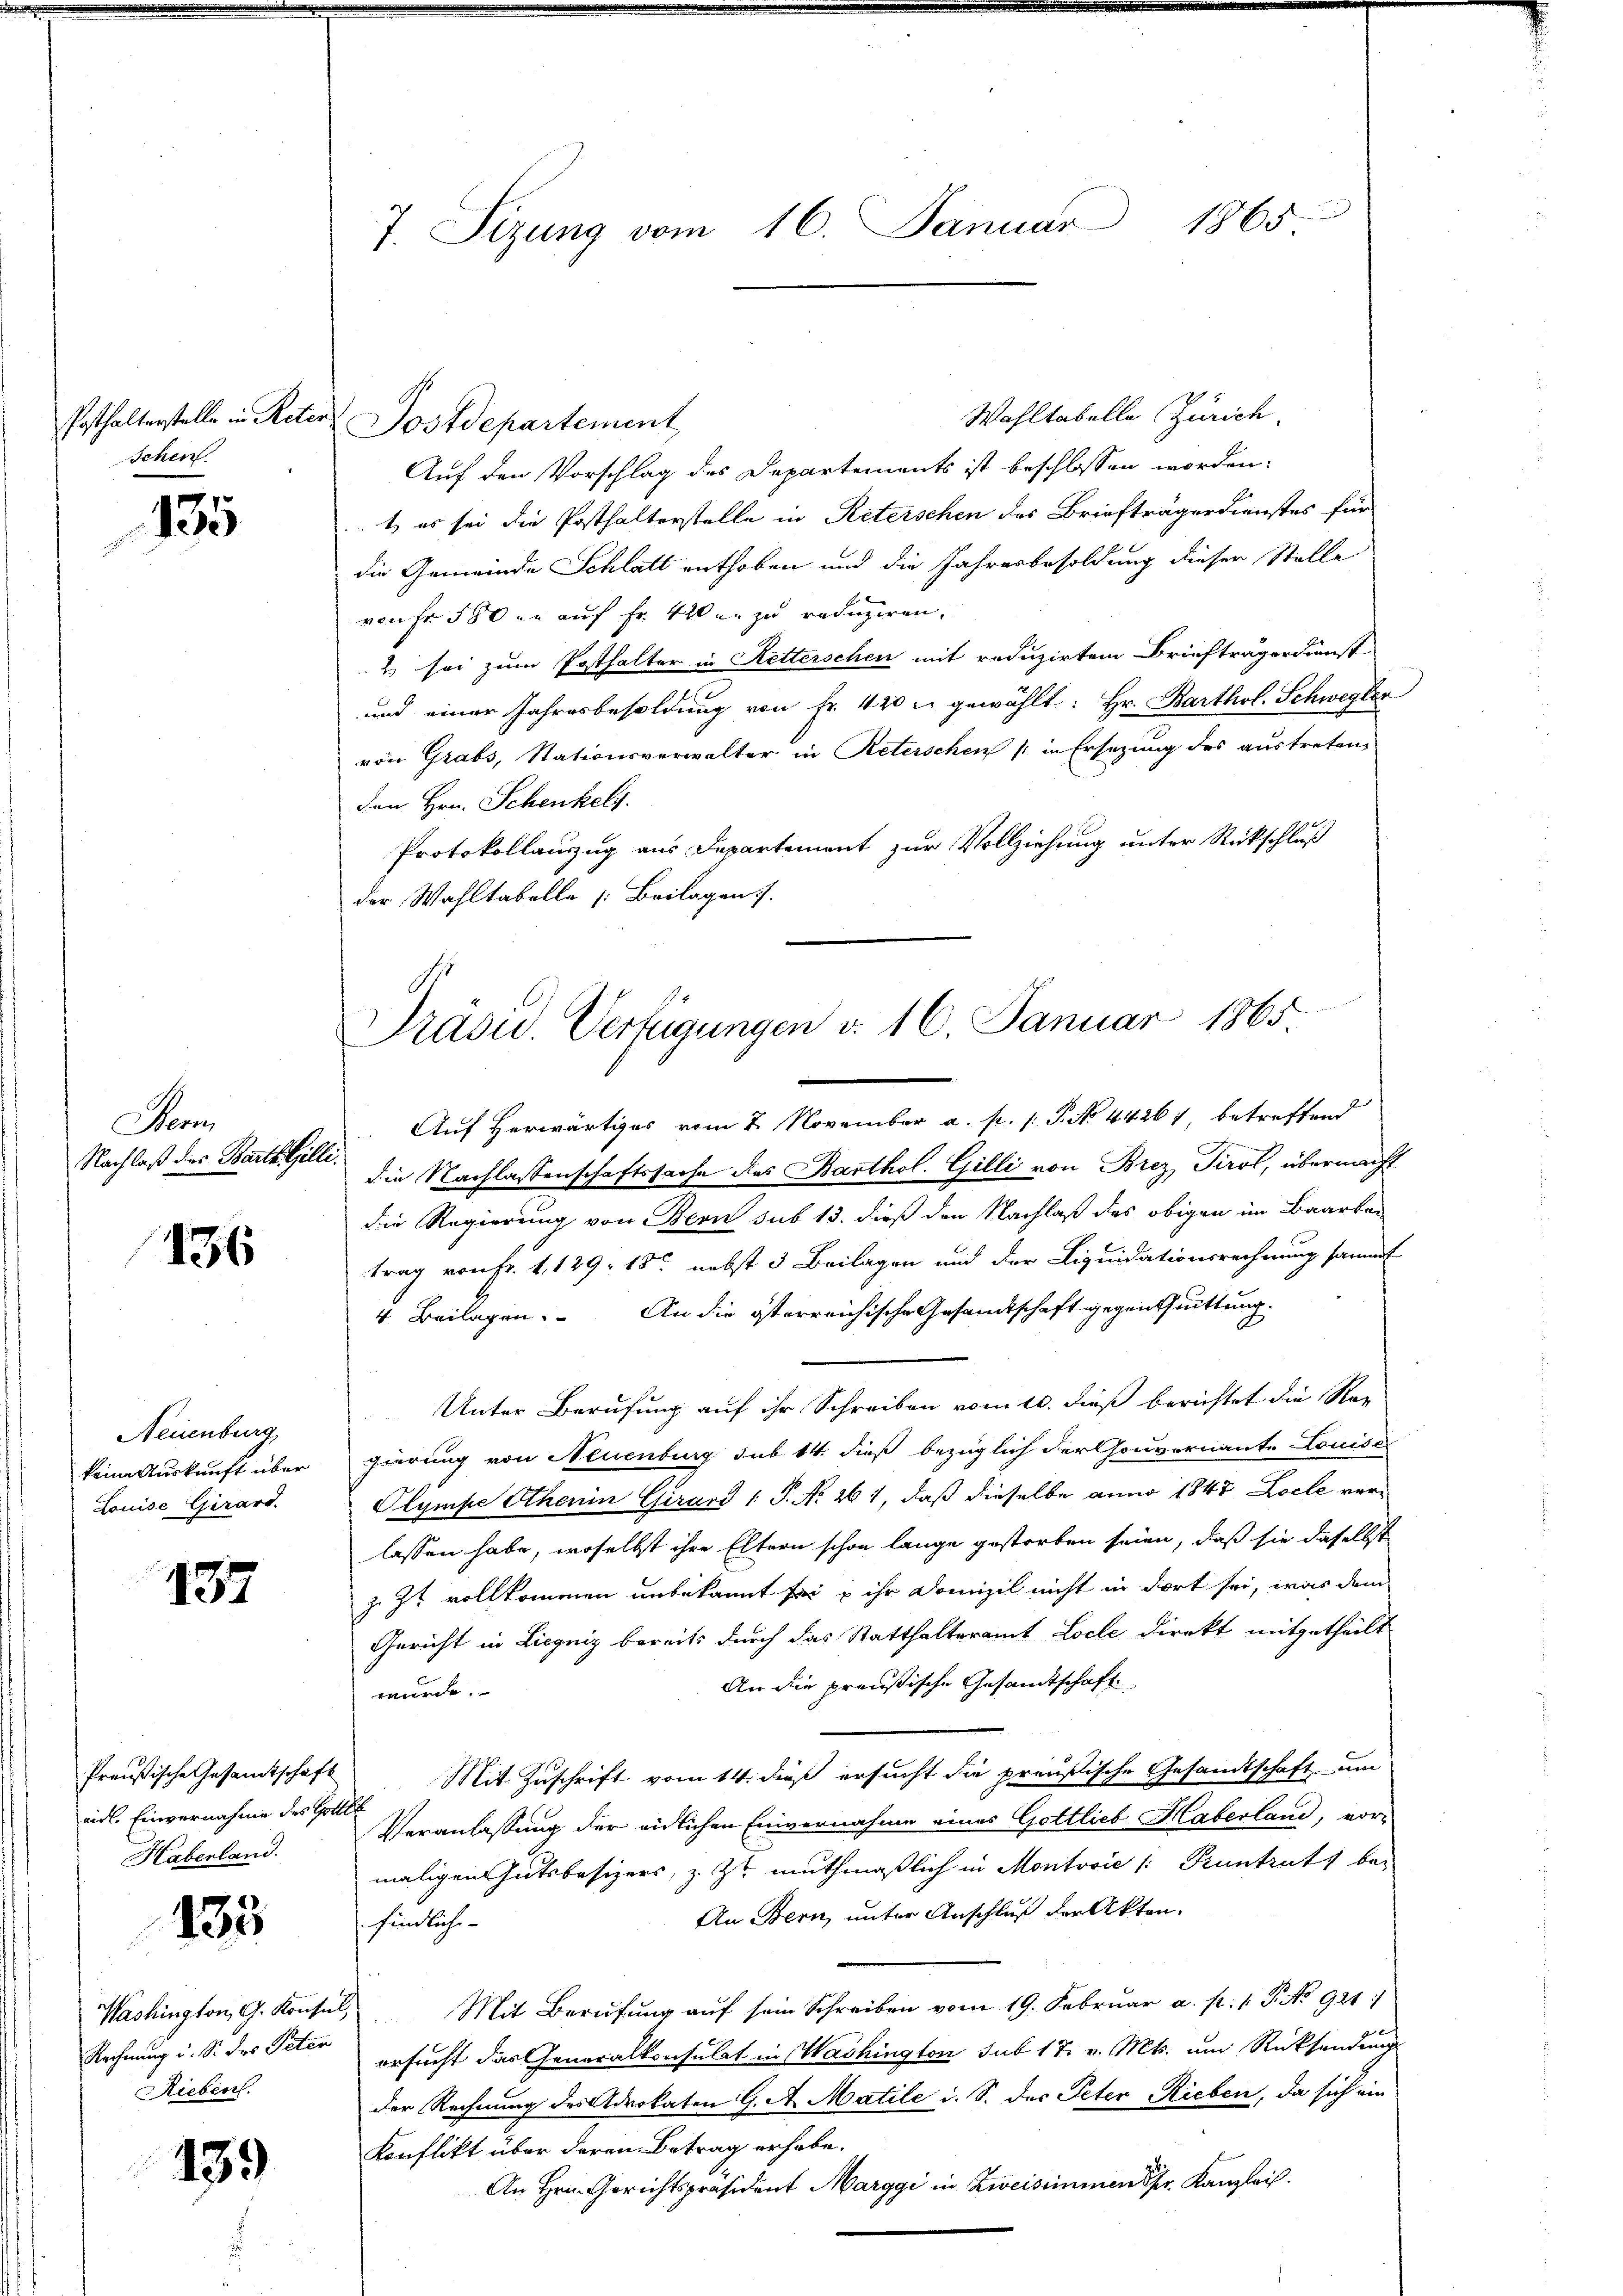
Posthalterstelle in Reter
schen.

135

Mon
Nachlaß des Bartl. Gilli¬

136

Neuenburg,
keine Auskunft über
Louise Girard.

137

Preußische Gesamtschaft
eid. Einvernahme des Gotte
Haberland.

133

Rechnung u. S. des Peter
Rieben.

139

7. Sizung vom 16. Januar 1865

Wahltabelle Zürich.
Postdepartement
Auf den Vorschlag des Departements ist beschlossen worden:
t es sei die Posthalterstelle in Reterschen des Briefträgerdienstes für
die Gemeinde Schlatt enthoben und die Jahresbesoldung dieser Stelle
von Fr. 580 u. auf Fr. 420 u. zu reduziren.
2 sei zum Posthalter in Retterschen mit reduzirten Briefträgerdienst-
und einer Jahresbesoldung von Fr. 420 u. gewählt: Hr. Barthol. Schwegler
von Grabs, Stationsverwalter in Reterschen (in Ersetzung des austreten,
den Hrn. Schenkels
Protokollauszug aus Departement zur Vollziehung unter Rückschluß
der Wahltabelle [Beilagen.

Präsid. Verfügungen d. 16. Januar 1865.

Auf Herwärtiges vom 2. November a. p. 1. P. No. 44261, betreffend
die Nachlassenschaftssache des Barthol. Gilli von Brez Tirol, übermacht.
die Regierung von Bern sub 13. dieß den Nachlaß des obigen im Baarbei
trag von Fr. 4. 129. 15. nebst 3 Beilagen und der Liquidationsrechnung sammt
4. Beilagen. An die österreichische Gesandtschaft gegenthuittung.
Unter Berufung auf ihr Schreiben vom 20. dieß berichtet die Reg
gierung von Neuenburg sub 14. dieß bezüglich der Gouvernante Louise
Olympe Athenin Girard 1 S. Nr. 261, daß dieselbe anno 1847 Loele verlassen habe, woselbst ihre Eltern schon lange gestorben seien, daß sie daselbst
z. Zt. vollkommen unbekannt sei u ihr Domizil nicht in dort sei, was dem
Gericht in Liegniz bereits durch das Statthalteramt Locle direkt mitgetheilt
An die preußische Gesandtschaft
würde.
 Mit Zuschrift vom 14. dieß ersucht die preußische Gesandtschaft um
Veranlassung der eidlichen Einvernahme eines Gottlieb Haberland, vormaligen Gutsbesizers, z. Zt muthmaßlich in Montović /: Pruntruts be¬
An Bern, unter Anschluß der Akten.
findliche
Washington, G. Konsul, Mit Berufung auf sein Schreiben vom 19. Februar a. p. 1. P. No 921
ersucht das Generalkonsulat in Washington sub 17. v. Mts. um Rücksendung
der Rechnung des Advokaten G. A. Matile d. S. des Peten Rieben, da sich ein
Konflikt über deren Betrag erhabe.
An Hrn. Gerichtspräsident Marggi in Zweisimmen der Kanzlei.